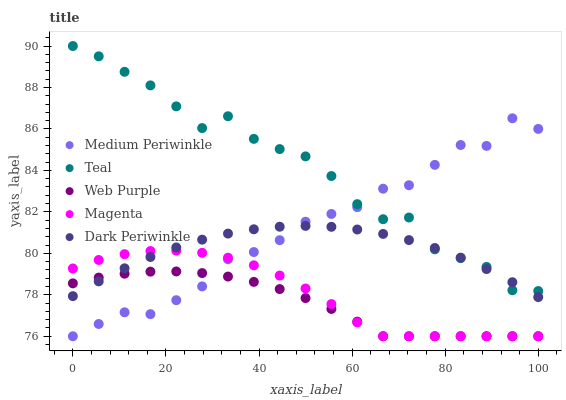
| xaxis_label | Medium Periwinkle | Teal | Web Purple | Magenta | Dark Periwinkle |
 | --- | --- | --- | --- | --- | --- |
 | 0 | 76 | 90 | 78.6 | 79.3 | 77.9 |
 | 5.56 | 76.6 | 89.5 | 78.8 | 79.7 | 78.6 |
 | 11.1 | 77.2 | 88.8 | 79 | 80 | 79.3 |
 | 16.7 | 77.1 | 88.1 | 79.1 | 80.1 | 79.8 |
 | 22.2 | 77.7 | 87.1 | 79.1 | 80.1 | 80.3 |
 | 27.8 | 78.4 | 86 | 79 | 80 | 80.7 |
 | 33.3 | 79.7 | 86.6 | 78.9 | 79.8 | 81 |
 | 38.9 | 80.1 | 85.5 | 78.6 | 79.4 | 81.2 |
 | 44.4 | 80.6 | 85 | 78.3 | 78.9 | 81.3 |
 | 50 | 81.5 | 84.7 | 77.8 | 78.3 | 81.3 |
 | 55.6 | 81.9 | 83.7 | 77.3 | 77.6 | 81.3 |
 | 61.1 | 82.2 | 82.4 | 76.7 | 76.7 | 81.1 |
 | 66.7 | 83.1 | 81.6 | 76 | 76 | 80.9 |
 | 72.2 | 83.3 | 81.7 | 76 | 76 | 80.6 |
 | 77.8 | 84.3 | 80.2 | 76 | 76 | 80.3 |
 | 83.3 | 85.2 | 79.8 | 76 | 76 | 79.8 |
 | 88.9 | 85.2 | 79.3 | 76 | 76 | 79.2 |
 | 94.4 | 86.5 | 78.2 | 76 | 76 | 78.6 |
 | 100 | 86 | 78.2 | 76 | 76 | 77.9 |